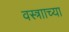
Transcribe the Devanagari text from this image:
वस्त्रााच्या